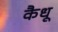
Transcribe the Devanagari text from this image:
कैधू